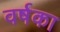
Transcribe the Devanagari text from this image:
वर्षका